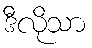
ဒီလိုသာ